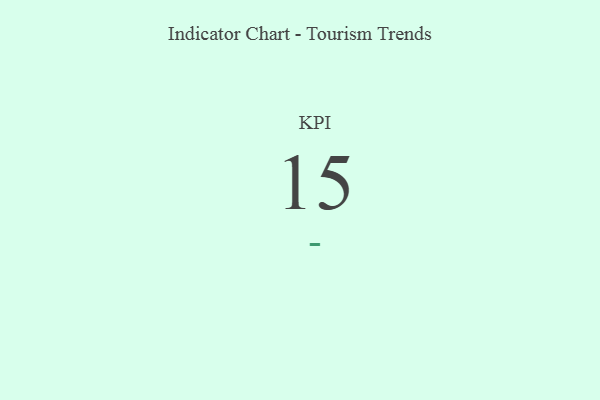
{"axis": {"x": "KPI", "y": "Value"}, "legend": [""], "data": [{"x": "KPI", "y": 15, "type": ""}]}